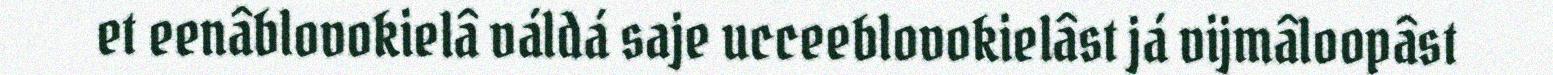
et eenâblovokielâ váldá saje ucceeblovokielâst já vijmâloopâst